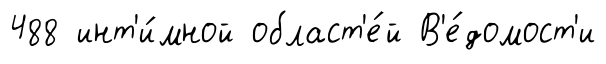
488 инт'и́мной област'е́й В'е́домост'и